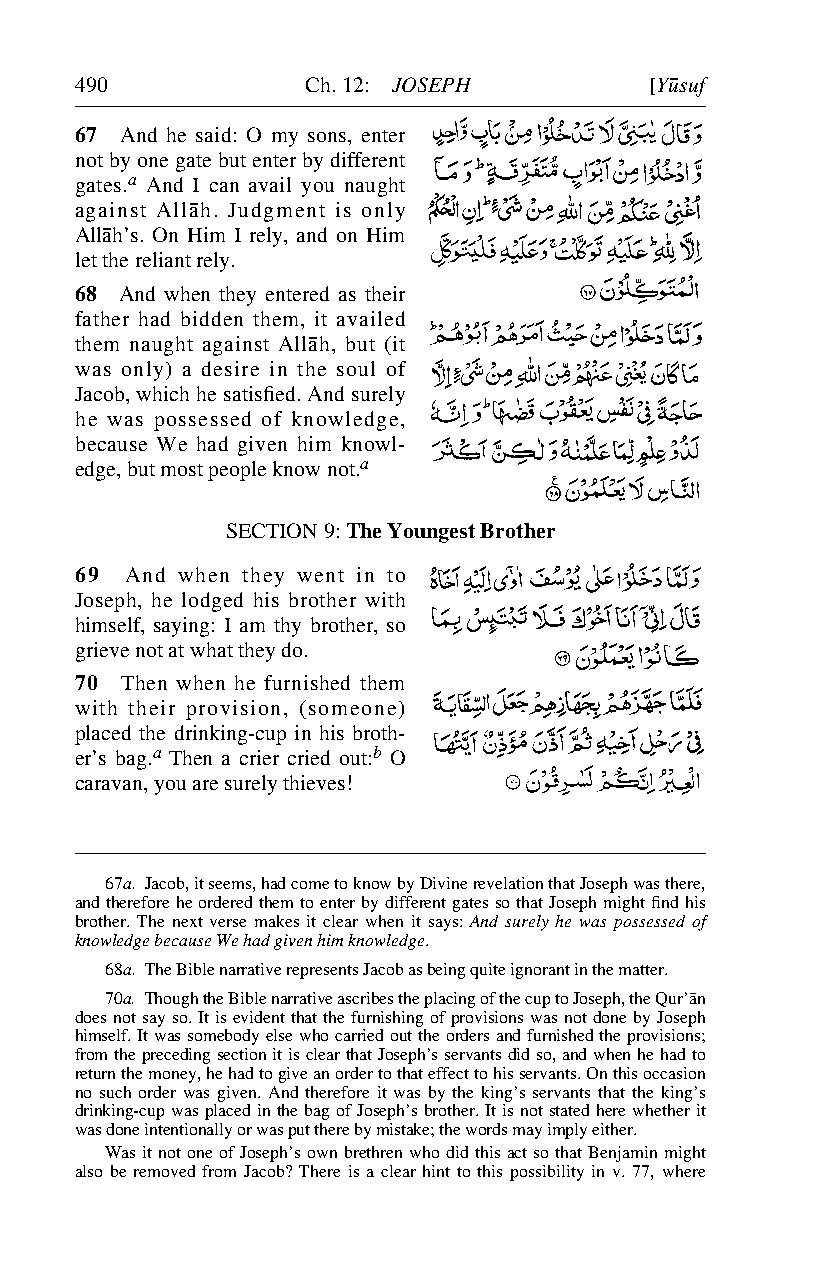
490            Ch. 12: JOSEPH         [Y∂suf
 67 And he said: O my sons, enter
 not by one gate but enter by different
 gates.a And I can avail you naught
 against Allåh. Judgment is only
 Allåh’s. On Him I rely, and on Him
 let the reliant rely.
 68 And when they entered as their
 father had bidden them, it availed
 them naught against Allåh, but (it
 was only) a desire in the soul of
 Jacob, which he satisfied. And surely
 he was possessed of knowledge,
 because We had given him knowl-
 edge, but most people know not.a
 SECTION 9: The Youngest Brother
 69 And when they went in to
 Joseph, he lodged his brother with
 himself, saying: I am thy brother, so
 grieve not at what they do.
 70 Then when he furnished them
 with their provision, (someone)
 placed the drinking-cup in his broth-
 er’s bag.a Then a crier cried out:b O
 caravan, you are surely thieves!
 67a. Jacob, it seems, had come to know by Divine revelation that Joseph was there,
 and therefore he ordered them to enter by different gates so that Joseph might find his
 brother. The next verse makes it clear when it says: And surely he was possessed of
 knowledge because We had given him knowledge.
 68a. The Bible narrative represents Jacob as being quite ignorant in the matter.
 70a. Though the Bible narrative ascribes the placing of the cup to Joseph, the Qur’ån
 does not say so. It is evident that the furnishing of provisions was not done by Joseph
 himself. It was somebody else who carried out the orders and furnished the provisions;
 from the preceding section it is clear that Joseph’s servants did so, and when he had to
 return the money, he had to give an order to that effect to his servants. On this occasion
 no such order was given. And therefore it was by the king’s servants that the king’s
 drinking-cup was placed in the bag of Joseph’s brother. It is not stated here whether it
 was done intentionally or was put there by mistake; the words may imply either.
 Was it not one of Joseph’s own brethren who did this act so that Benjamin might
 also be removed from Jacob? There is a clear hint to this possibility in v. 77, where